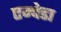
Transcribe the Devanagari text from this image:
एम्पेडा